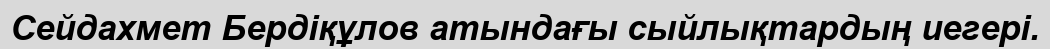
Сейдахмет Бердіқұлов атындағы сыйлықтардың иегері.